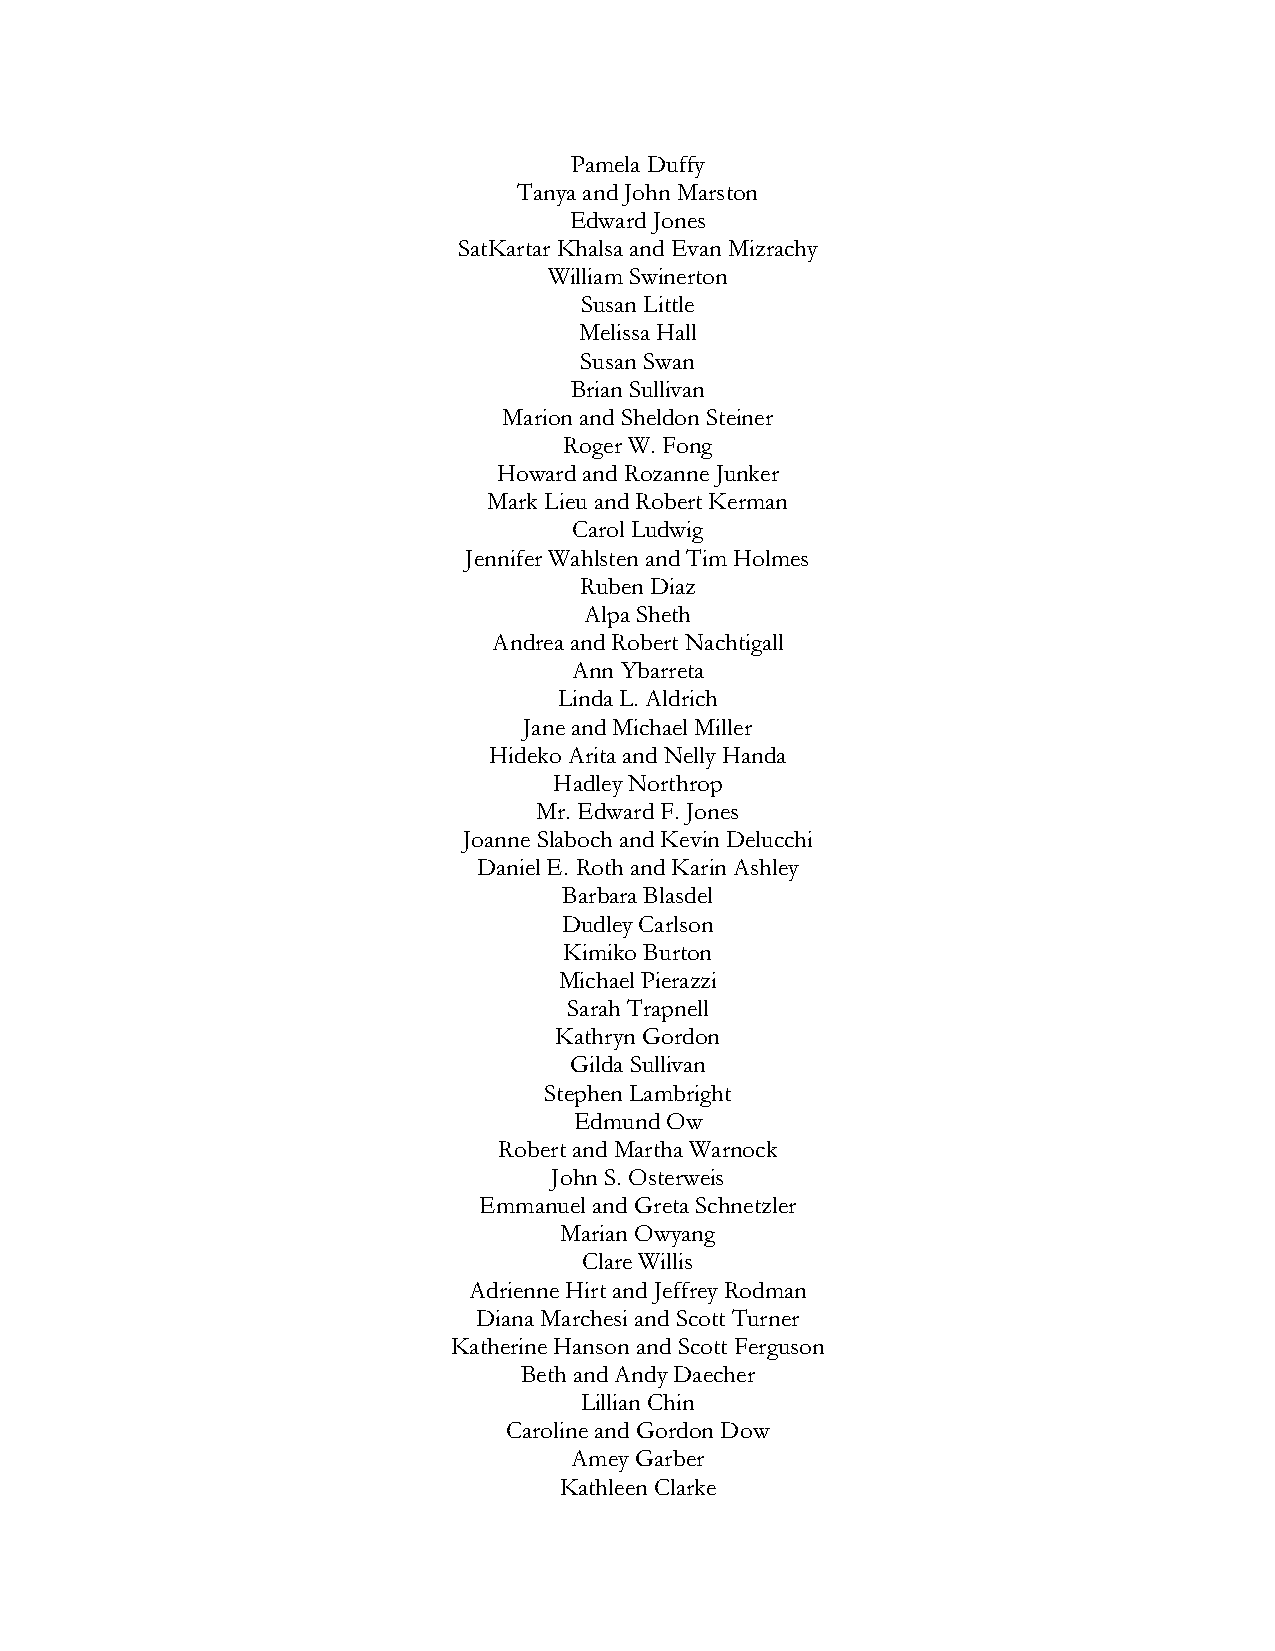
Pamela Duffy
 Tanya and John Marston
 Edward Jones
 SatKartar Khalsa and Evan Mizrachy
 William Swinerton
 Susan Little
 Melissa Hall
 Susan Swan
 Brian Sullivan
 Marion and Sheldon Steiner
 Roger W. Fong
 Howard and Rozanne Junker
 Mark Lieu and Robert Kerman
 Carol Ludwig
 Jennifer Wahlsten and Tim Holmes
 Ruben Diaz
 Alpa Sheth
 Andrea and Robert Nachtigall
 Ann Ybarreta
 Linda L. Aldrich
 Jane and Michael Miller
 Hideko Arita and Nelly Handa
 Hadley Northrop
 Mr. Edward F. Jones
 Joanne Slaboch and Kevin Delucchi
 Daniel E. Roth and Karin Ashley
 Barbara Blasdel
 Dudley Carlson
 Kimiko Burton
 Michael Pierazzi
 Sarah Trapnell
 Kathryn Gordon
 Gilda Sullivan
 Stephen Lambright
 Edmund Ow
 Robert and Martha Warnock
 John S. Osterweis
 Emmanuel and Greta Schnetzler
 Marian Owyang
 Clare Willis
 Adrienne Hirt and Jeffrey Rodman
 Diana Marchesi and Scott Turner
 Katherine Hanson and Scott Ferguson
 Beth and Andy Daecher
 Lillian Chin
 Caroline and Gordon Dow
 Amey Garber
 Kathleen Clarke